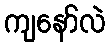
ကျနော်လဲ